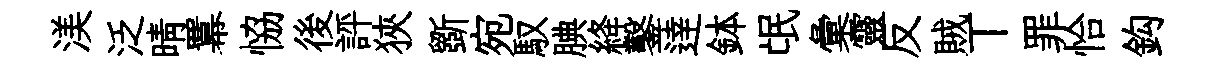
渼泛晴羃恊後評狹斵宛馭腆絳鑿逹鉢氓彙靈反賊丅罪恰鈎